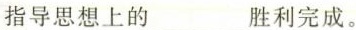
指导思想上的___胜利完成。